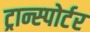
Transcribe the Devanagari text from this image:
ट्रान्स्पोर्टर